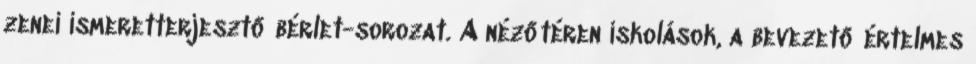
zenei ismeretterjesztő bérlet-sorozat. A nézőtéren iskolások, a bevezető értelmes